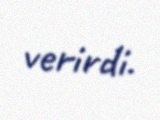
verirdi.